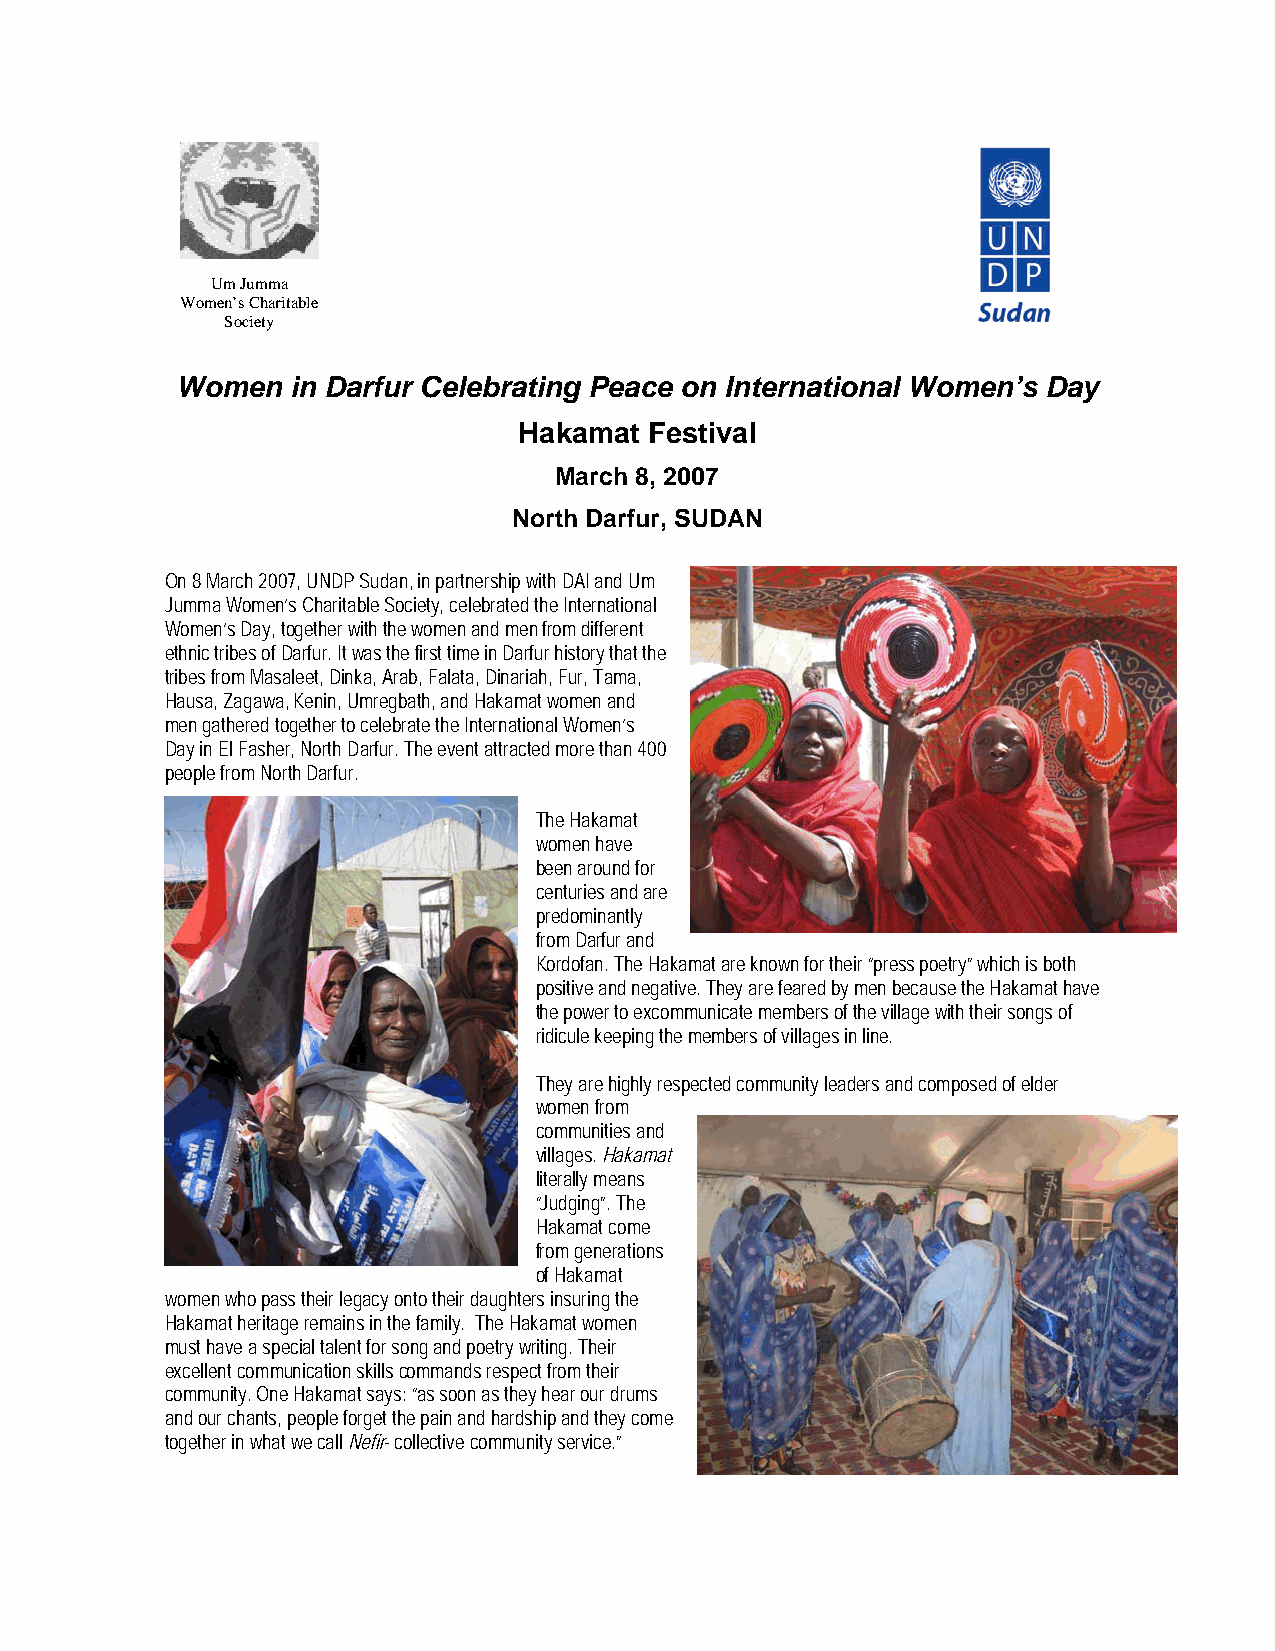
Um Jumma
 Women’s Charitable
 Society
 Women  in Darfur Celebrating Peace on International Women’s Day
 Hakamat  Festival
 March 8, 2007
 North Darfur, SUDAN
 On 8 March 2007, UNDP Sudan, in partnership with DAI and Um
 Jumma Women’s Charitable Society, celebrated the International
 Women’s Day, together with the women and men from different
 ethnic tribes of Darfur. It was the first time in Darfur history that the
 tribes from Masaleet, Dinka, Arab, Falata, Dinariah, Fur, Tama,
 Hausa, Zagawa, Kenin, Umregbath, and Hakamat women and
 men gathered together to celebrate the International Women’s
 Day in El Fasher, North Darfur. The event attracted more than 400
 people from North Darfur.
 The Hakamat
 women have
 been around for
 centuries and are
 predominantly
 from Darfur and
 Kordofan. The Hakamat are known for their “press poetry” which is both
 positive and negative. They are feared by men because the Hakamat have
 the power to excommunicate members of the village with their songs of
 ridicule keeping the members of villages in line.
 They are highly respected community leaders and composed of elder
 women from
 communities and
 villages. Hakamat
 literally means
 “Judging”. The
 Hakamat come
 from generations
 of Hakamat
 women who pass their legacy onto their daughters insuring the
 Hakamat heritage remains in the family. The Hakamat women
 must have a special talent for song and poetry writing. Their
 excellent communication skills commands respect from their
 community. One Hakamat says: “as soon as they hear our drums
 and our chants, people forget the pain and hardship and they come
 together in what we call Nefir- collective community service.”